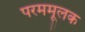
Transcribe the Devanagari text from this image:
परममूलक